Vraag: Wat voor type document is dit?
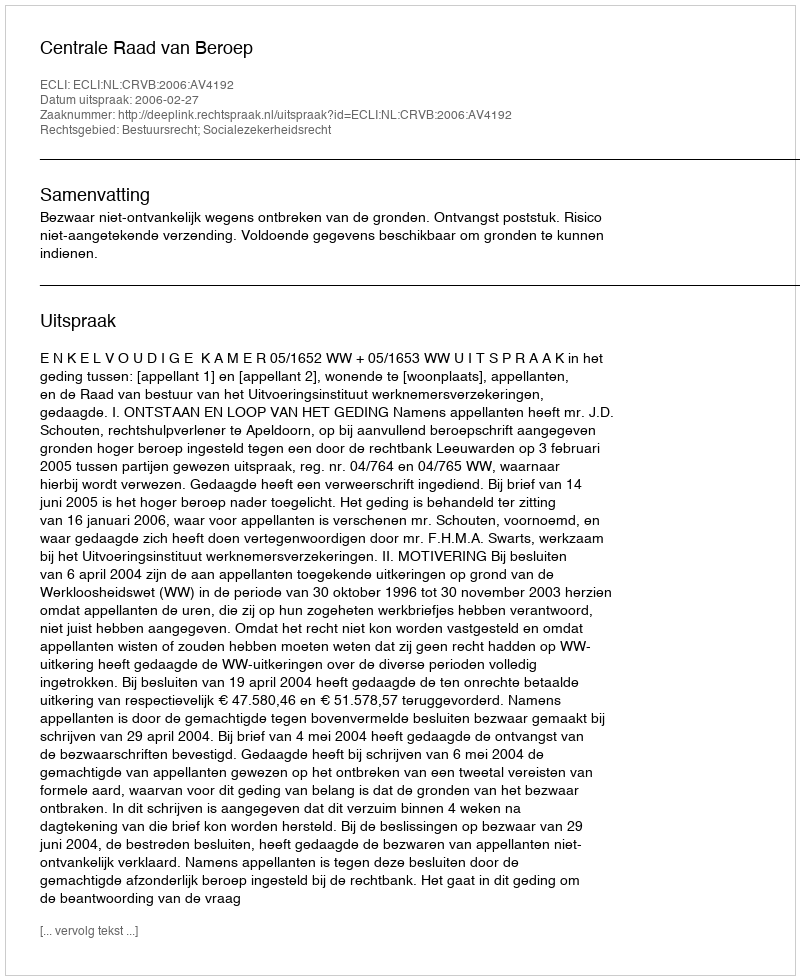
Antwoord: Uitspraak